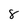
Character: 8